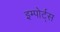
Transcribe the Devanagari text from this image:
इम्पोर्ट्स